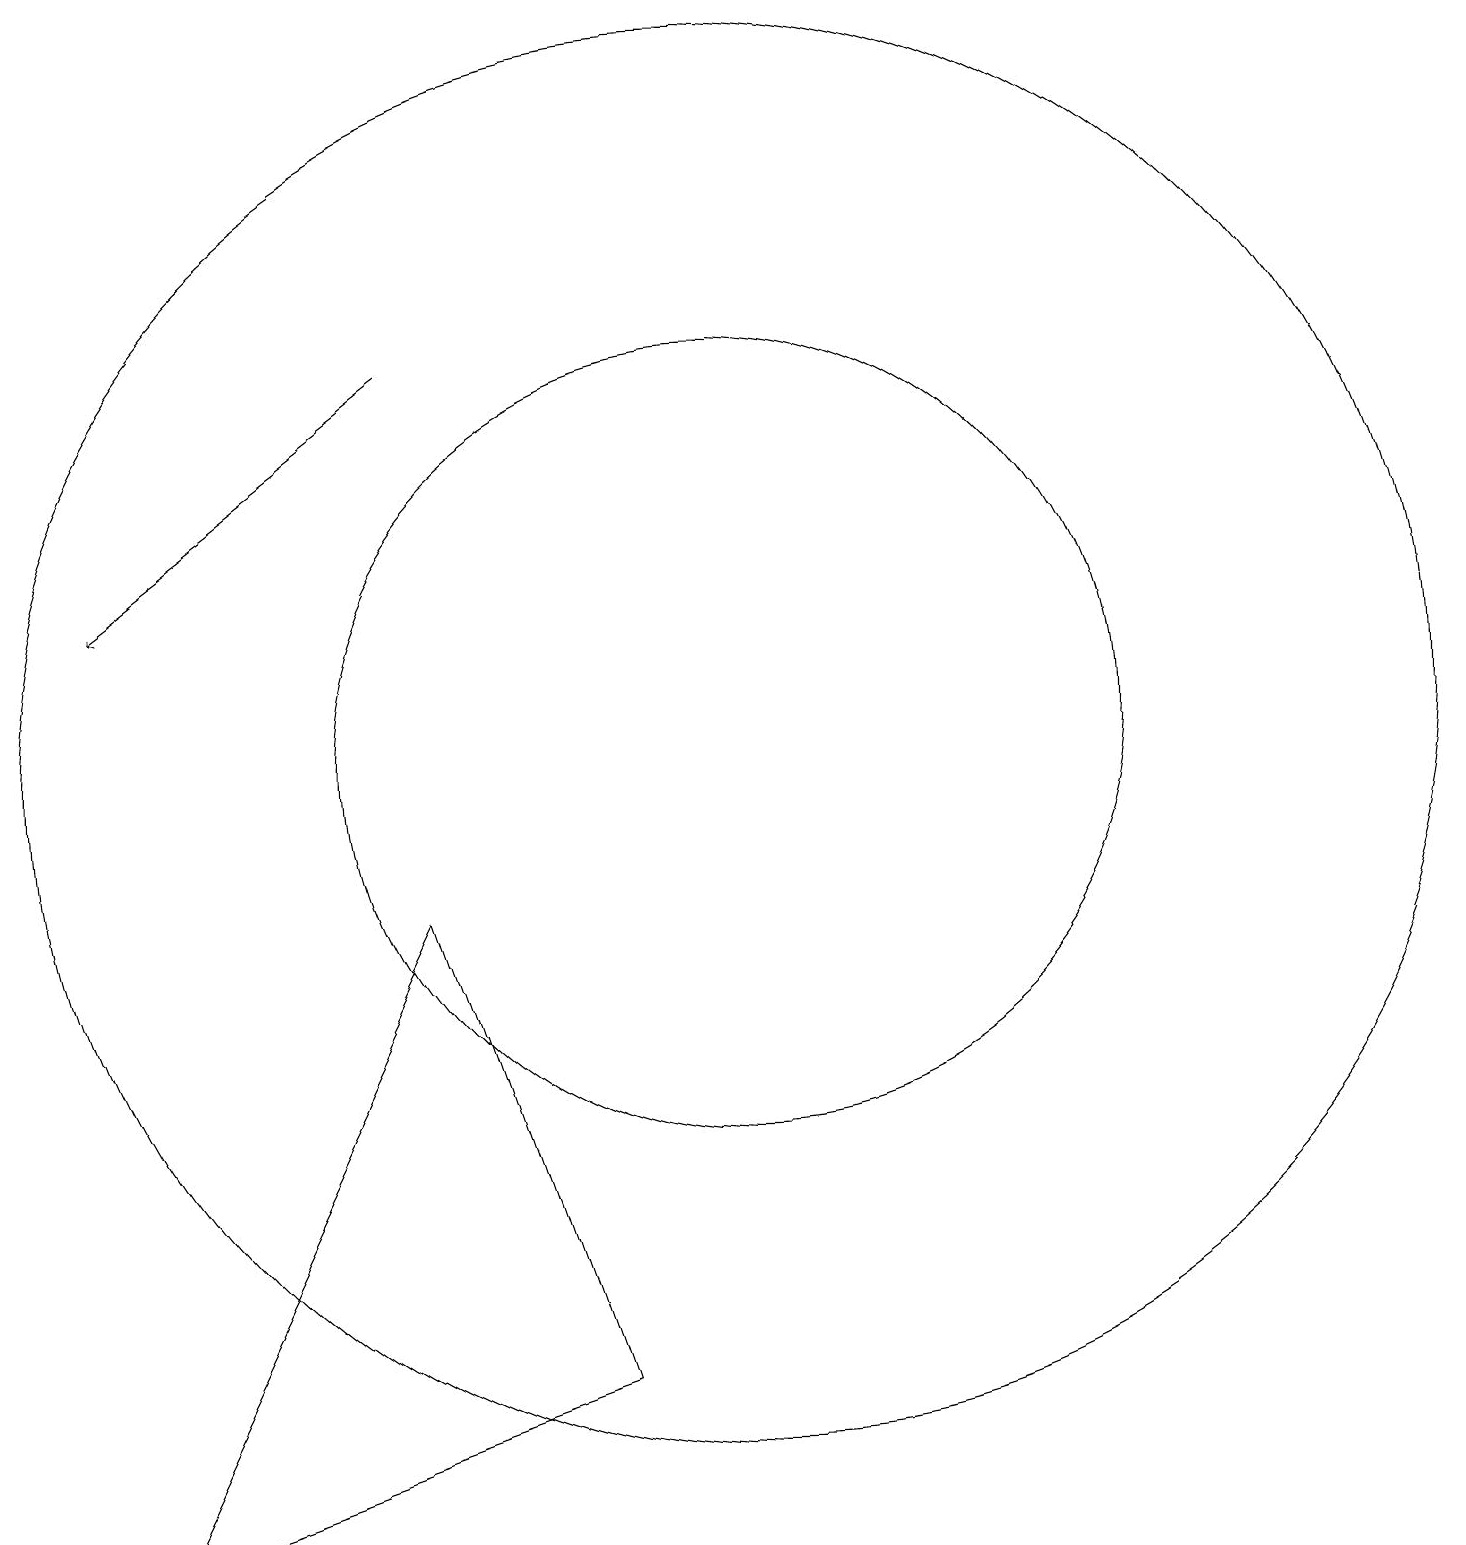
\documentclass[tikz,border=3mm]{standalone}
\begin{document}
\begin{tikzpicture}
\draw[->] (6,15) -- (2,12);
\draw (10,10) circle (9);
\draw (2,0) -- (8,2) -- (6,8) -- cycle;
\draw (10,10) circle (5);
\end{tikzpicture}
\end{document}